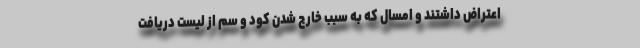
اعتراض داشتند و امسال که به سبب خارج شدن کود و سم از لیست دریافت‌